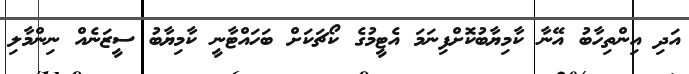
އަދި އިންތިހާބު އޭނާ ކާމިޔާބުކޮށްފިނަމަ އެޓީމުގެ ކޯޗަކަށް ބަހައްޓާނީ ކާމިޔާބު ސީޒަނެއް ނިންމާލި